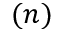
( n )